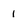
Character: 1